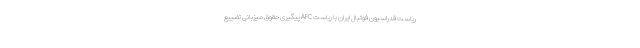
ریاست فدراسیون فوتبال ایران با ریاست AFC پیگیری حقوق میزبانی تضییع